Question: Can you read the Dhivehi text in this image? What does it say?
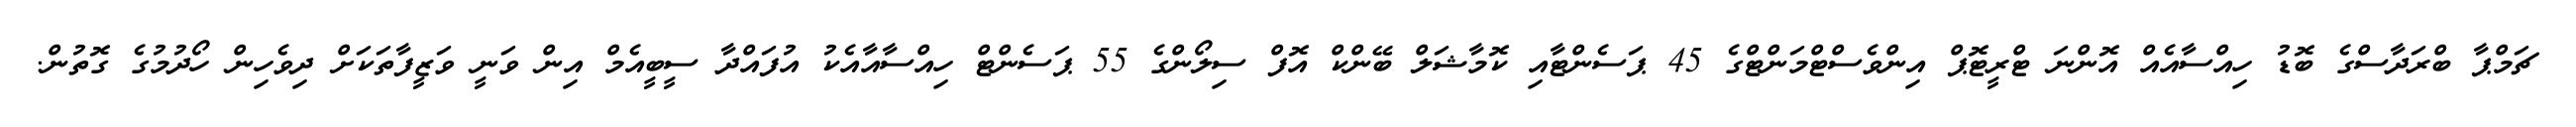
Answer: ޗަމްޕާ ބްރަދާސްގެ ބޮޑު ހިއްސާއެއް އޮންނަ ޓްރީޓޮޕް އިންވެސްޓްމަންޓްގެ 45 ޕަސެންޓާއި ކޮމާޝަލް ބޭންކް އޮފް ސިލޯންގެ 55 ޕަސެންޓް ހިއްސާއާއެކު އުފައްދާ ސީބީއެމް އިން ވަނީ ވަޒީފާތަކަށް ދިވެހިން ހޯދުމުގެ ގޮތުން.